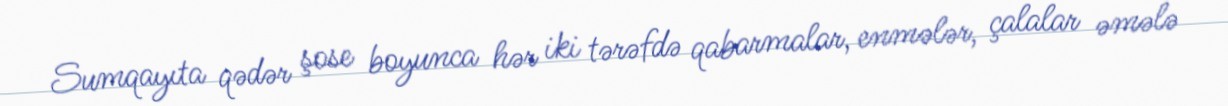
Sumqayıta qədər şose boyunca hər iki tərəfdə qabarmalar, enmələr, çalalar əmələ